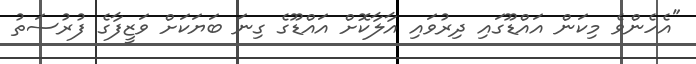
"އެހެންވެ މިކަން އައްޑޫގައި ދިރުވައި އާލާކޮށް އައްޑޫގެ ގިނަ ބަޔަކަށް ވަޒީފާގެ ފުރުސަތު